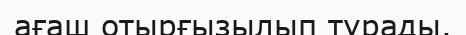
ағаш отырғызылып тұрады.